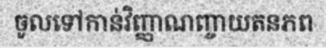
ចូលទៅកាន់វិញ្ញាណញ្ចាយតនភព